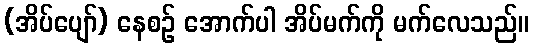
(အိပ်ပျော်) နေစဉ် အောက်ပါ အိပ်မက်ကို မက်လေသည်။